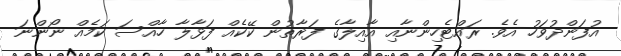
އުފަންދުވަހު އެވެ. ރައްޓެހިންނާއި އާއިލާގެ ފަރާތުން ކޭކެއް ފަޅާލާ ހާއްސަ ކަމެއް ނޯންނަ